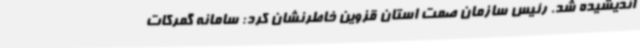
اندیشیده شد. رئیس سازمان صمت استان قزوین خاطرنشان کرد: سامانه گمرکات